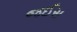
જઈસ